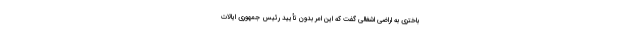
باختری به اراضی اشغالی گفت که این امر بدون تأیید رئیس جمهوری ایالات